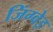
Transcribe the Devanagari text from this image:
जिंग्वेइ